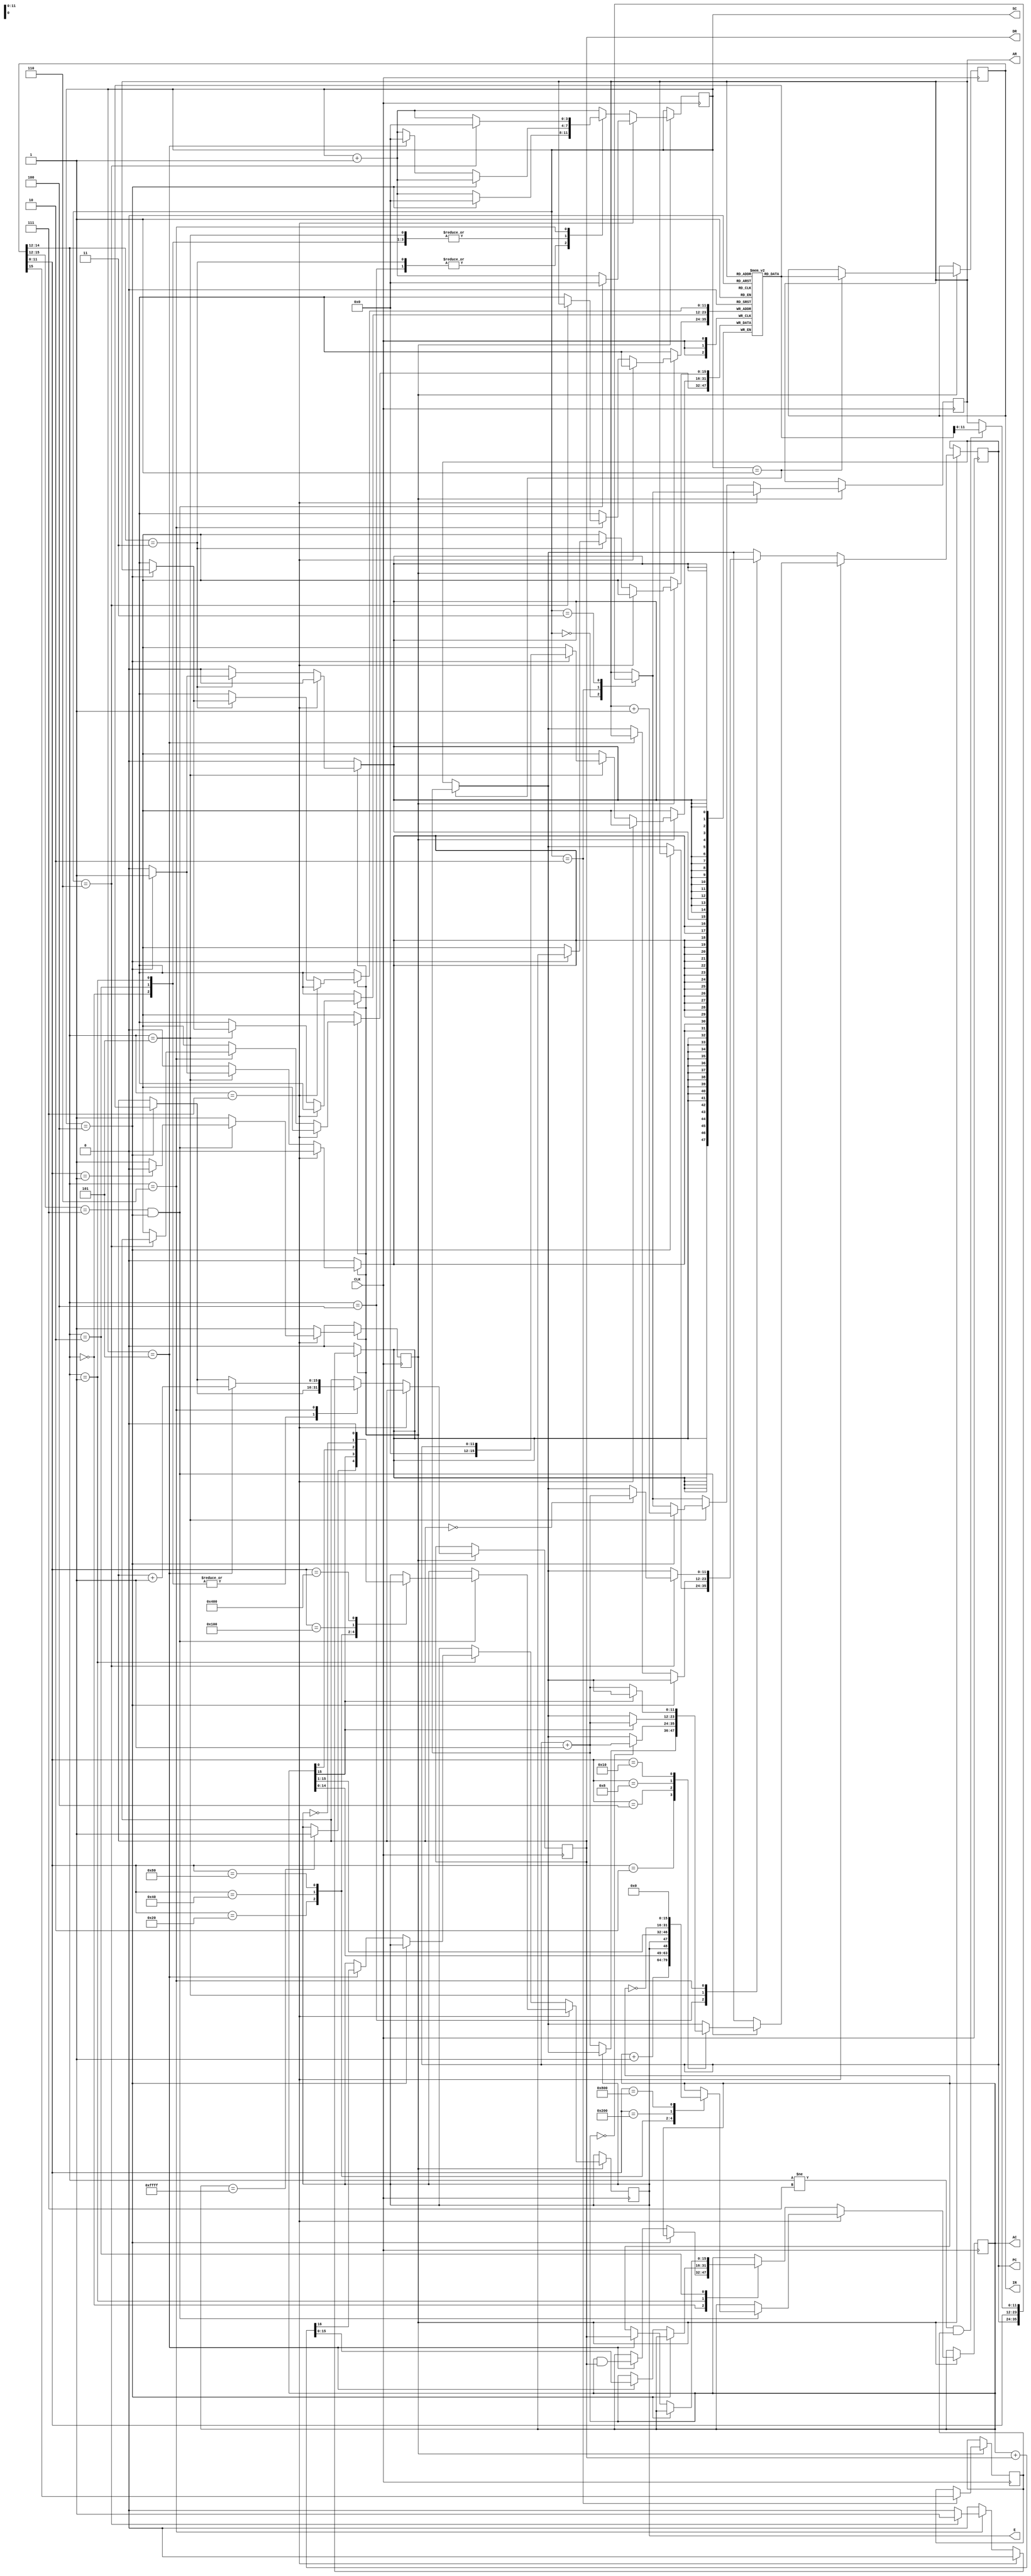
module BC( CLK,SC,AR,PC,DR,AC,IR,E);
input CLK;
output reg [11:0] AR;
output reg [11:0] PC;
output reg [15:0] IR;
reg [15:0] TR;
output reg [15:0] DR;
output reg [15:0] AC;
output reg [3:0] SC;
reg [15:0] M [4095:0]; //the memory (4096 words, 16 bits)
output reg E;
reg I,S;
wire D[7:0];
wire T[7:0];

//DECODE OPR
//decoder3(IR[14:12],D);
//DECODE SC
//decoder3(SC,T);
initial begin
//start the computer
S<=1; 
//random PC initialization
PC<=12'h100;
//random initial AC
AC<=16'h3625;
//some memory initialization containing instructions
M[12'h100]<=16'h0600;
M[12'h101]<=16'h7002;
M[12'h102]<=16'h1600;
M[12'h103]<=16'h2700;
M[12'h104]<=16'h7010;
M[12'h105]<=16'h6323;
M[12'h106]<=16'h7040;

//some memory initialization containing operands
M[12'h600]<=16'h7653;
M[12'h700]<=16'h7439;
end


always @(posedge CLK)
begin
if(S) begin
	SC<=SC+1;
		case(SC)
		// FETCH CYCLE
			0: AR<=PC;
			1:begin IR<=M[AR]; PC<=PC+1; end
			2:begin AR<=IR[11:0]; I<=IR[15]; end
			3: if(IR[14:12]!=7&I)
					AR<=M[AR];
			endcase
		//EXECUTION CYCLE
		if(~(IR[14:12]==7)) begin
			//Memory Reference Instructions
			casex(IR[14:12])
				//AND
				0:begin
					if(SC==4) DR<=M[AR];
					else if(SC==5)begin AC<=AC&DR;SC<=0; end
					end
				//ADD
				1:begin
					if(SC==4) DR<=M[AR];
					else if(SC==5) begin {E,AC}<=AC+DR; SC<=0; end 
					end
				// LDA
				2:begin
					if(SC==4) DR<=M[AR];
					else if(SC==5) begin AC<=DR; SC<=0; end
					end
				//STA
				3: if(SC==4) begin M[AR]<=AC; SC<=0; end
				//BUN
				4: if(SC==4) begin PC<=AR; SC<=0; end
				//BSA
				5:begin
					if(SC==4) begin M[AR]<=PC; AR<=AR+1; end
					else if(SC==5) begin PC<=AR; SC<=0; end
					end
				//ISZ
				6:begin
					if(SC==4) DR<=M[AR];
					if(SC==5) DR<=DR+1;
					if(SC==6) begin
						M[AR]<=DR;
						if(DR==0)
							PC<=PC+1;
						SC<=0;
					end
				  end
			endcase
		end
			else if((IR[15:12]==7)&(SC==4)) begin
			//Register Reference Instructions
				casex(IR[11:0])
				12'h001:S<=0; //HLT
				12'h002:if(~E) PC<=PC+1; //SZE
				12'h004:if(AC==0) PC<=PC+1; //SZA
				12'h008:if(AC[15]) PC<=PC+1; //SNA
				12'b000000010000:if(~AC[15]) PC<=PC+1; //SPA
				12'b000000100000:begin AC<=AC+1; if(AC==16'hFFFF) E<=1; end  //INC
				12'b000001000000:begin AC<={AC[14:0],E}; E<=AC[15]; end //SHL
				12'b000010000000:begin AC<={E,AC[15:1]}; E<=AC[0]; end  //SHR
				12'b000100000000:E<=~E;  //CME
				12'b001000000000:AC<=~AC;  //CMA
				12'b010000000000:E<=0;  //CLE
				12'b100000000000:AC<=0;  //CLA
				endcase
				SC<=0;
			end
				
end	
				
end

			
 			
			
endmodule